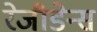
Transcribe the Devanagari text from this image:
रेजीडेन्स